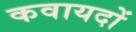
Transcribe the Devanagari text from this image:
कवायदों